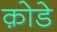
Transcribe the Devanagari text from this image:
क़ोडे